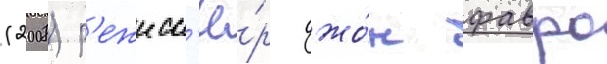
(2008) р'ежисс'ё́р джо́н фавро